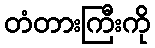
တံတားကြီးကို